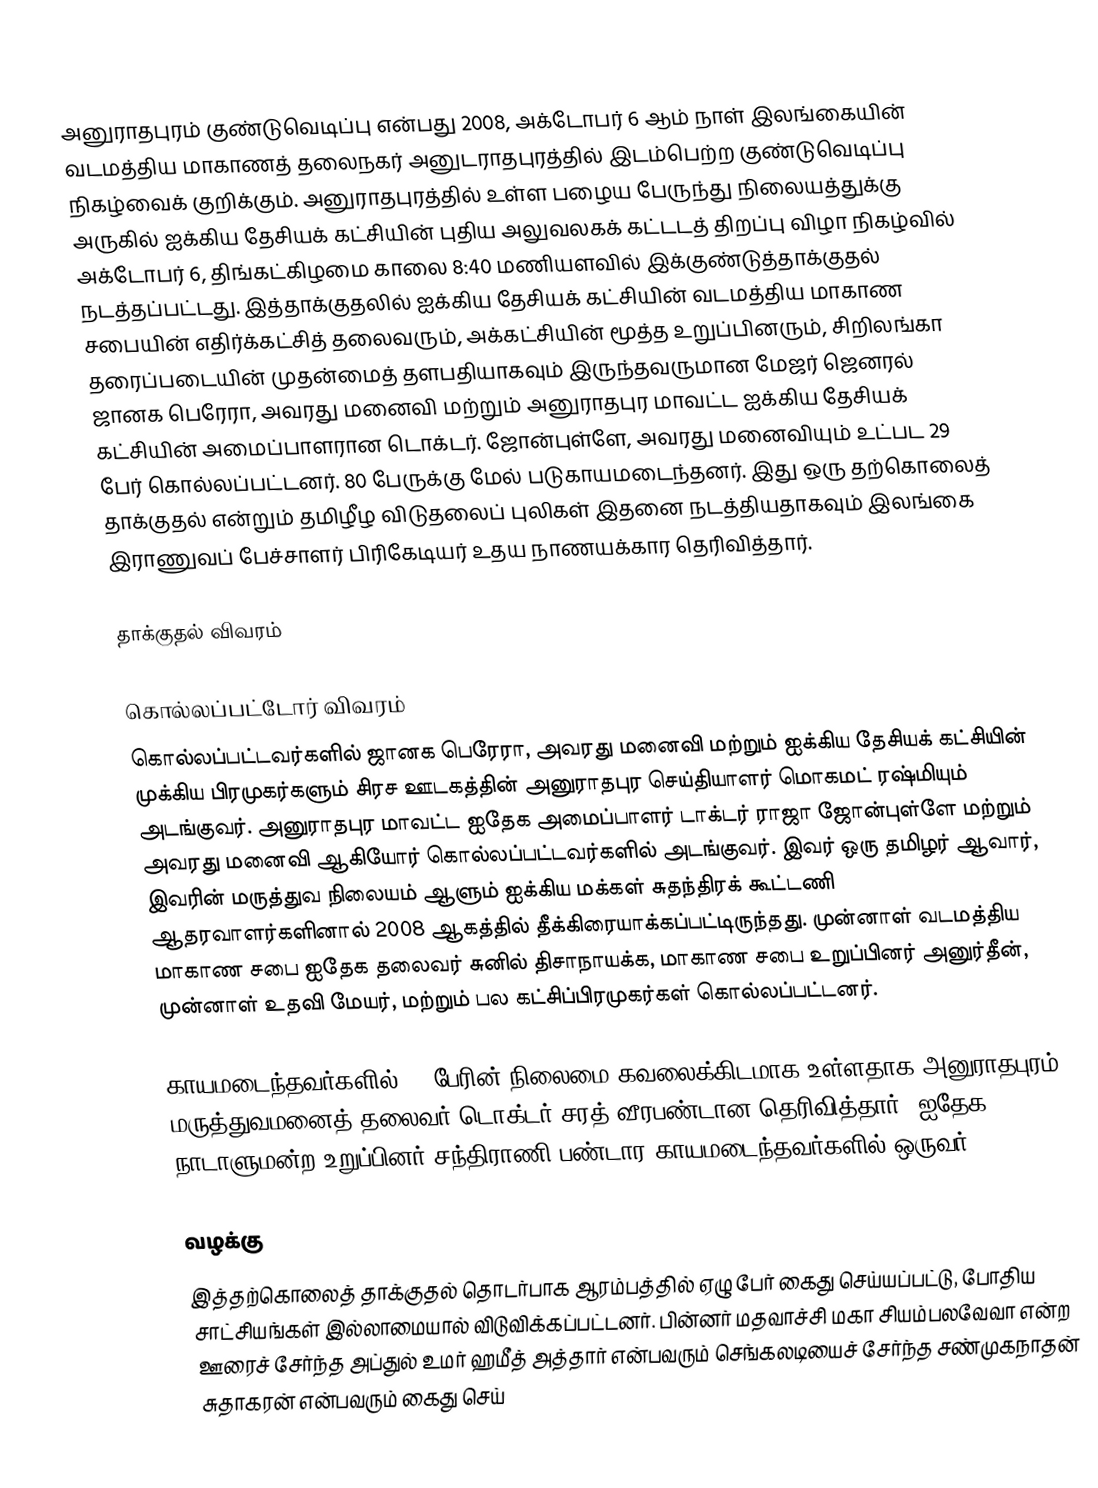
அனுராதபுரம் குண்டுவெடிப்பு என்பது 2008, அக்டோபர் 6 ஆம் நாள் இலங்கையின் வடமத்திய மாகாணத் தலைநகர் அனுடராதபுரத்தில் இடம்பெற்ற குண்டுவெடிப்பு நிகழ்வைக் குறிக்கும். அனுராதபுரத்தில் உள்ள பழைய பேருந்து நிலையத்துக்கு அருகில் ஐக்கிய தேசியக் கட்சியின் புதிய அலுவலகக் கட்டடத் திறப்பு விழா நிகழ்வில் அக்டோபர் 6, திங்கட்கிழமை காலை 8:40 மணியளவில் இக்குண்டுத்தாக்குதல் நடத்தப்பட்டது. இத்தாக்குதலில் ஐக்கிய தேசியக் கட்சியின் வடமத்திய மாகாண சபையின் எதிர்க்கட்சித் தலைவரும், அக்கட்சியின் மூத்த உறுப்பினரும், சிறிலங்கா தரைப்படையின் முதன்மைத் தளபதியாகவும் இருந்தவருமான மேஜர் ஜெனரல் ஜானக பெரேரா, அவரது மனைவி மற்றும் அனுராதபுர மாவட்ட ஐக்கிய தேசியக் கட்சியின் அமைப்பாளரான டொக்டர். ஜோன்புள்ளே, அவரது மனைவியும் உட்பட 29 பேர் கொல்லப்பட்டனர். 80 பேருக்கு மேல் படுகாயமடைந்தனர். இது ஒரு தற்கொலைத் தாக்குதல் என்றும் தமிழீழ விடுதலைப் புலிகள் இதனை நடத்தியதாகவும் இலங்கை இராணுவப் பேச்சாளர் பிரிகேடியர் உதய நாணயக்கார தெரிவித்தார்.

தாக்குதல் விவரம்

கொல்லப்பட்டோர் விவரம்
கொல்லப்பட்டவர்களில் ஜானக பெரேரா, அவரது மனைவி மற்றும் ஐக்கிய தேசியக் கட்சியின் முக்கிய பிரமுகர்களும் சிரச ஊடகத்தின் அனுராதபுர செய்தியாளர் மொகமட் ரஷ்மியும் அடங்குவர். அனுராதபுர மாவட்ட ஐதேக அமைப்பாளர் டாக்டர் ராஜா ஜோன்புள்ளே மற்றும் அவரது மனைவி ஆகியோர் கொல்லப்பட்டவர்களில் அடங்குவர். இவர் ஒரு தமிழர் ஆவார், இவரின் மருத்துவ நிலையம் ஆளும் ஐக்கிய மக்கள் சுதந்திரக் கூட்டணி ஆதரவாளர்களினால் 2008 ஆகத்தில் தீக்கிரையாக்கப்பட்டிருந்தது. முன்னாள் வடமத்திய மாகாண சபை ஐதேக தலைவர் சுனில் திசாநாயக்க, மாகாண சபை உறுப்பினர் அனுர்தீன், முன்னாள் உதவி மேயர், மற்றும் பல கட்சிப்பிரமுகர்கள் கொல்லப்பட்டனர்.

காயமடைந்தவர்களில் 15 பேரின் நிலைமை கவலைக்கிடமாக உள்ளதாக அனுராதபுரம் மருத்துவமனைத் தலைவர் டொக்டர் சரத் வீரபண்டான தெரிவித்தார். ஐதேக நாடாளுமன்ற உறுப்பினர் சந்திராணி பண்டார காயமடைந்தவர்களில் ஒருவர்.

வழக்கு
இத்தற்கொலைத் தாக்குதல் தொடர்பாக ஆரம்பத்தில் ஏழு பேர் கைது செய்யப்பட்டு, போதிய சாட்சியங்கள் இல்லாமையால் விடுவிக்கப்பட்டனர். பின்னர் மதவாச்சி மகா சியம்பலவேவா என்ற ஊரைச் சேர்ந்த அப்துல் உமர் ஹமீத் அத்தார் என்பவரும் செங்கலடியைச் சேர்ந்த சண்முகநாதன் சுதாகரன் என்பவரும் கைது செய்